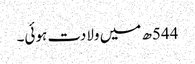
544ھ میں ولادت ہوئی۔